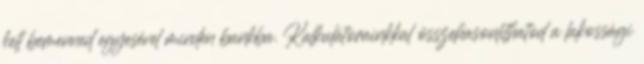
kell bemenned egyesével minden bankba. Kalkulátorainkkal összehasonlíthatod a lakossági